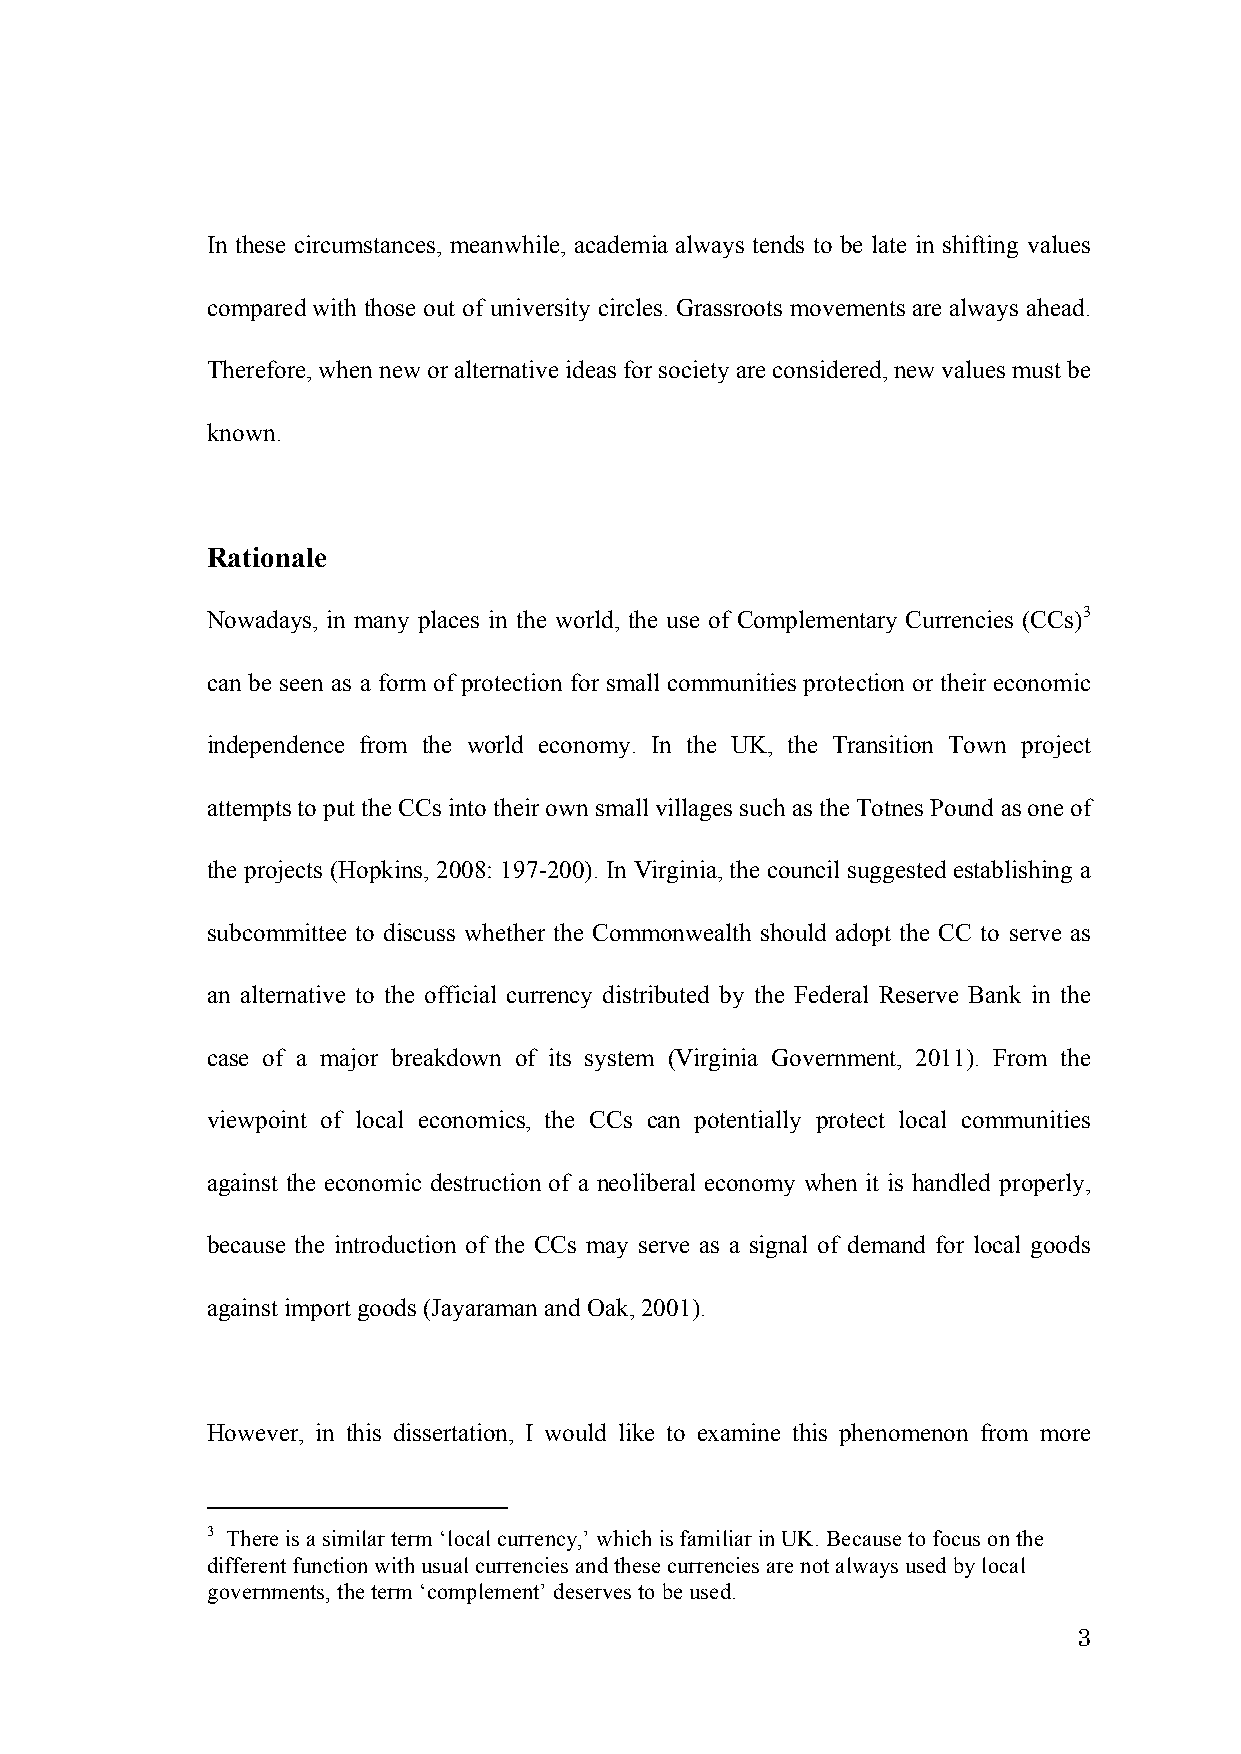
In these circumstances, meanwhile, academia always tends to be late in shifting values
 compared with those out of university circles. Grassroots movements are always ahead.
 Therefore, when new or alternative ideas for society are considered, new values must be
 known.
 Rationale
 Nowadays, in many places in the world, the use of Complementary Currencies (CCs)3
 can be seen as a form of protection for small communities protection or their economic
 independence from the world economy. In the UK, the Transition Town project
 attempts to put the CCs into their own small villages such as the Totnes Pound as one of
 the projects (Hopkins, 2008: 197-200). In Virginia, the council suggested establishing a
 subcommittee to discuss whether the Commonwealth should adopt the CC to serve as
 an alternative to the official currency distributed by the Federal Reserve Bank in the
 case of a major breakdown of its system (Virginia Government, 2011). From the
 viewpoint of local economics, the CCs can potentially protect local communities
 against the economic destruction of a neoliberal economy when it is handled properly,
 because the introduction of the CCs may serve as a signal of demand for local goods
 against import goods (Jayaraman and Oak, 2001).
 However, in this dissertation, I would like to examine this phenomenon from more
 3 There is a similar term ‘local currency,’ which is familiar in UK. Because to focus on the
 different function with usual currencies and these currencies are not always used by local
 governments, the term ‘complement’ deserves to be used.
 3